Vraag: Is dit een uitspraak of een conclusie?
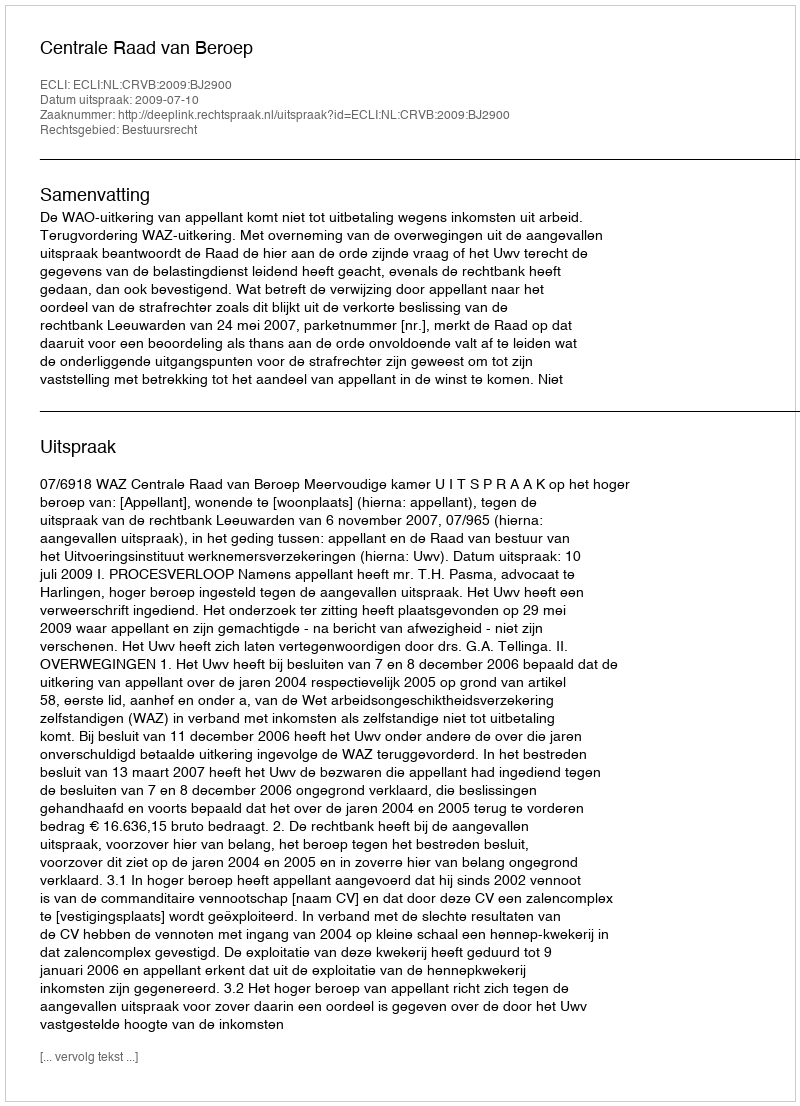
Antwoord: Uitspraak